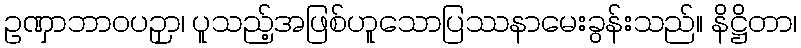
ဥဏှာဘာဝပဉှာ၊ ပူသည့်အဖြစ်ဟူသောပြဿနာမေးခွန်းသည်။ နိဋ္ဌိတာ၊